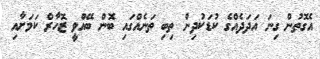
އެގޮތުން ގިނަ އަދަދެއްގެ ކުޑަކުދިން ތިބި ތަނެއްގައި ބޮން ބޭއްވީ ޒޮހާރް ކަމަށާއި